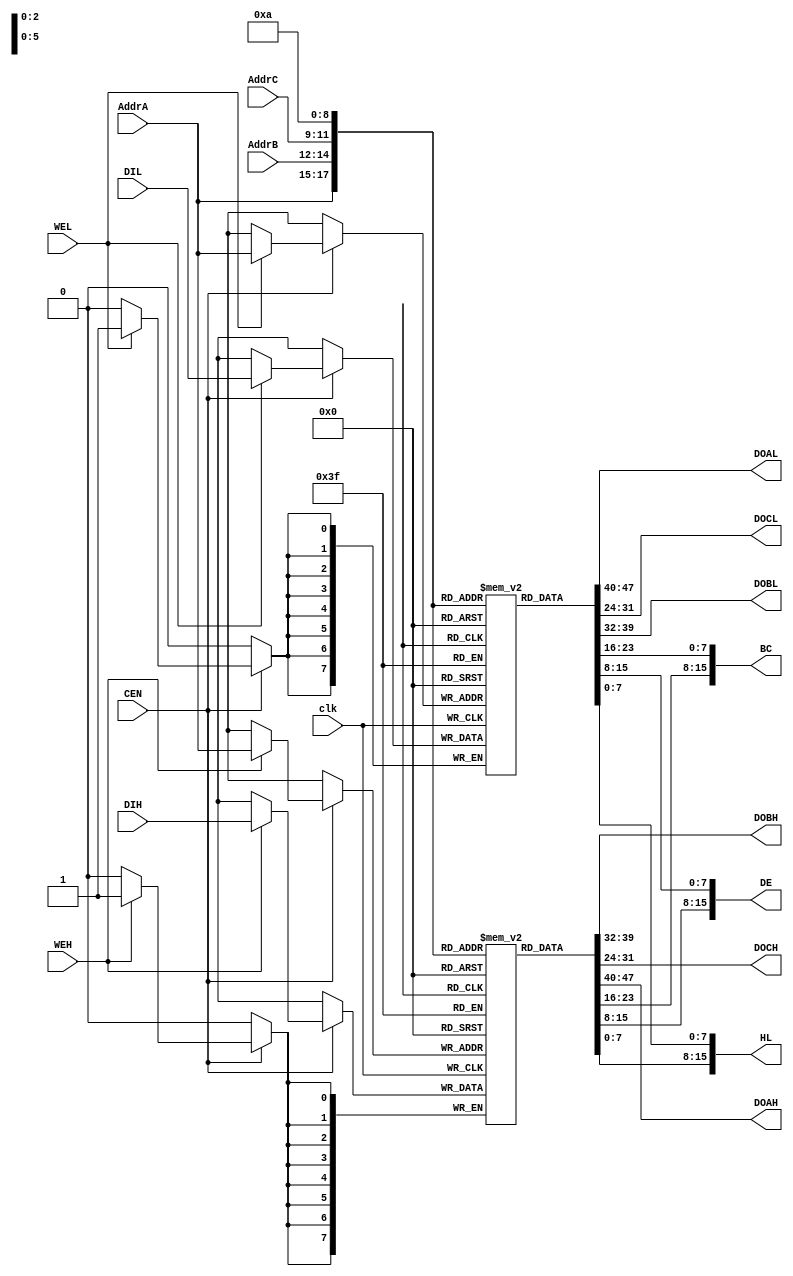
module tv80_reg (/*AUTOARG*/
  // Outputs
  DOBH, DOAL, DOCL, DOBL, DOCH, DOAH, BC, DE, HL,
  // Inputs
  AddrC, AddrA, AddrB, DIH, DIL, clk, CEN, WEH, WEL
  );
    input  [2:0] AddrC;
    output [7:0] DOBH;
    input  [2:0] AddrA;
    input  [2:0] AddrB;
    input  [7:0] DIH;
    output [7:0] DOAL;
    output [7:0] DOCL;
    input  [7:0] DIL;
    output [7:0] DOBL;
    output [7:0] DOCH;
    output [7:0] DOAH;
    input  clk, CEN, WEH, WEL;
	 
	 output [15:0] BC;
	 output [15:0] DE;
	 output [15:0] HL;

  reg [7:0] RegsH [0:7];
  reg [7:0] RegsL [0:7];

  always @(posedge clk)
    begin
      if (CEN)
        begin
          if (WEH) RegsH[AddrA] <= DIH;
          if (WEL) RegsL[AddrA] <= DIL;
        end
    end
          
  assign DOAH = RegsH[AddrA];
  assign DOAL = RegsL[AddrA];
  assign DOBH = RegsH[AddrB];
  assign DOBL = RegsL[AddrB];
  assign DOCH = RegsH[AddrC];
  assign DOCL = RegsL[AddrC];

  // break out ram bits for waveform debug
  wire [7:0] H = RegsH[2];
  wire [7:0] L = RegsL[2];
  
  assign BC = { RegsH[0], RegsL[0] };
  assign DE = { RegsH[1], RegsL[1] };
  assign HL = { RegsH[2], RegsL[2] };
  
// synopsys dc_script_begin
// set_attribute current_design "revision" "$Id: tv80_reg.v,v 1.1 2004-05-16 17:39:57 ghutchis Exp $" -type string -quiet
// synopsys dc_script_end
endmodule